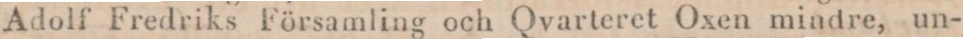
Adolf Fredriks Församling och Qvarteret Oxen mindre, un-